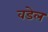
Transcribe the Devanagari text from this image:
वडेल